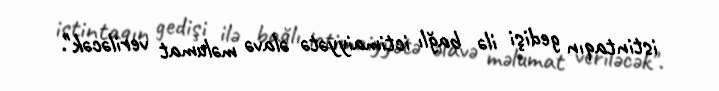
istintaqın gedişi ilə bağlı ictimaiyyətə əlavə məlumat veriləcək".